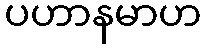
ပဟာနမာဟ